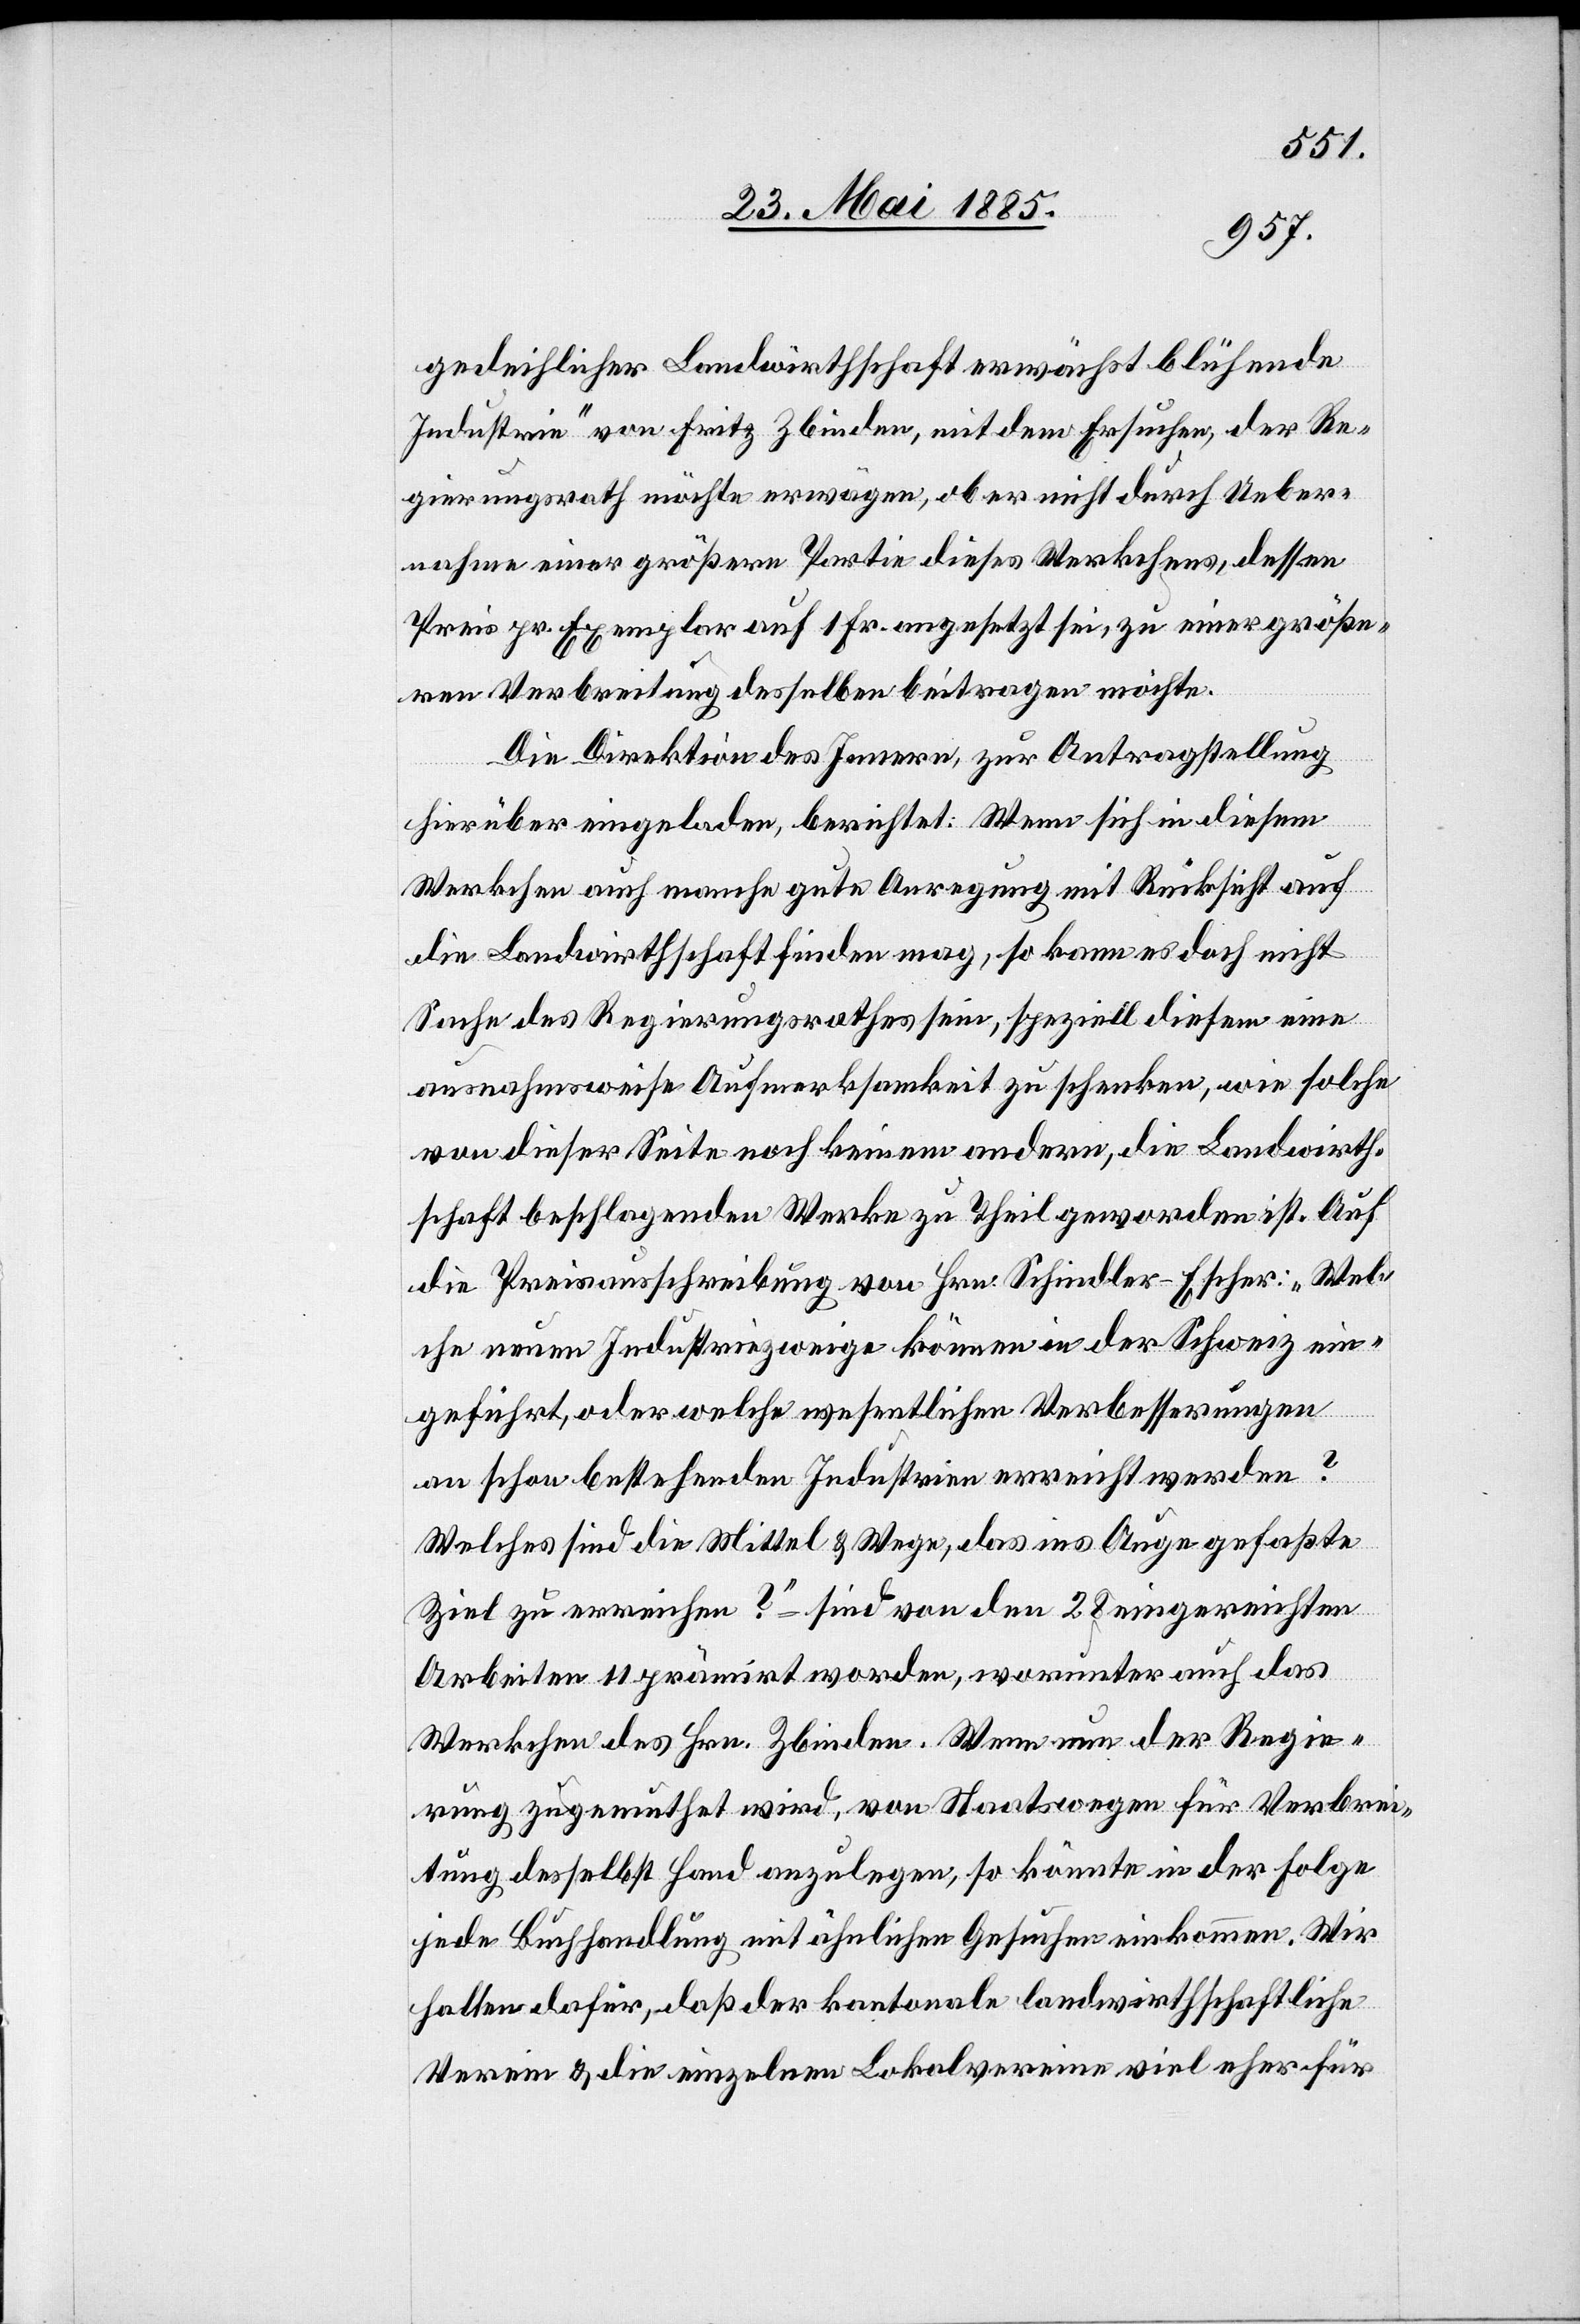
gedeihlicher Landwirthschaft erwächst blühende
Industrie“ von Fritz Zbinden, mit dem Ersuchen, der Re¬
gierungsrath möchte erwägen, ob er nicht durch Ueber¬
nahme einer größern Partie dieses Werkchens, dessen
Preis pr. Exemplar auf 1 Fr. angesetzt sei, zu einer größe¬
rn Verbreitung desselben beitragen möchte.
Die Direktion des Innern, zur Antragstellung
hierüber eingeladen, berichtet: Wenn sich in diesem
Werkchen auch manche gute Anregung mit Rücksicht auf
die Landwirthschaft finden mag, so kann es doch nicht
Sache des Regierungsrathes sein, speziell diesem eine
ausnahmsweise Aufmerksamkeit zu schenken, wie solche
von dieser Seite noch keinem andern die Landwirth¬
schaft beschlagenden Werke zu Theil geworden ist. Auf
die Preisausschreibung von Hrn. Schindler-Escher: „Wel¬
che neuen Industriezweige können in der Schweiz ein¬
geführt, oder welche wesentlichen Verbesserungen
an schon bestehenden Industrien erreicht werden?
Welches sind die Mittel & Wege, das ins Auge gefaßte
Ziel zu erreichen?“– sind von den 28 eingereichten
Arbeiten 11 prämirt worden, worunter auch das
Werkchen des Hrn. Zbinden. Wenn nun der Regie¬
rung zugemuthet wird, von Staatswegen für Verbrei¬
tung desselbst Hand anzulegen, so könnte in der Folge
jede Buchhandlung mit ähnlichen Gesuchen einkommen. Wir
halten dafür, daß der kantonale landwirthschaftliche
Verein & die einzelnen Lokalvereine viel eher für